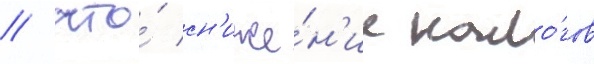
/ что́ сн'иже́н'ие нало́гов